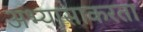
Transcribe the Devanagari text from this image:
अभ्यासाकरता